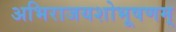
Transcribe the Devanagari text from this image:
अभिराजयशोभूषणम्